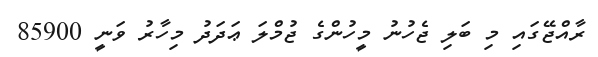
ރާއްޖޭގައި މި ބަލި ޖެހުނު މީހުންގެ ޖުމްލަ ޢަދަދު މިހާރު ވަނީ 85900